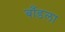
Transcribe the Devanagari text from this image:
बाँडला